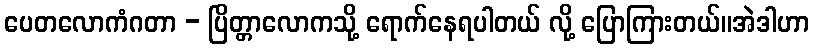
ပေတလောကံဂတာ - ပြိတ္တာလောကသို့ ရောက်နေရပါတယ် လို့ ပြောကြားတယ်။အဲဒါဟာ